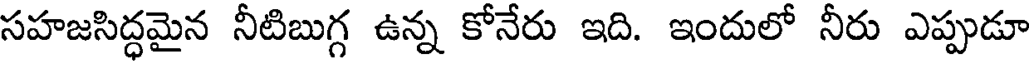
సహజసిద్ధమైన నీటిబుగ్గ ఉన్న కోనేరు ఇది. ఇందులో నీరు ఎప్పుడూ